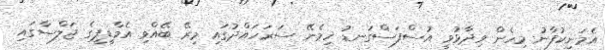
އެމަނިކުފާނު މިހެން ވިދާޅުވީ އުސްފަސްގަނޑު ހިމެނޭ ސަރަހައްދުގައި މިރޭ ބޭއްވި އެމްޑީޕީގެ ޖަލްސާގައި